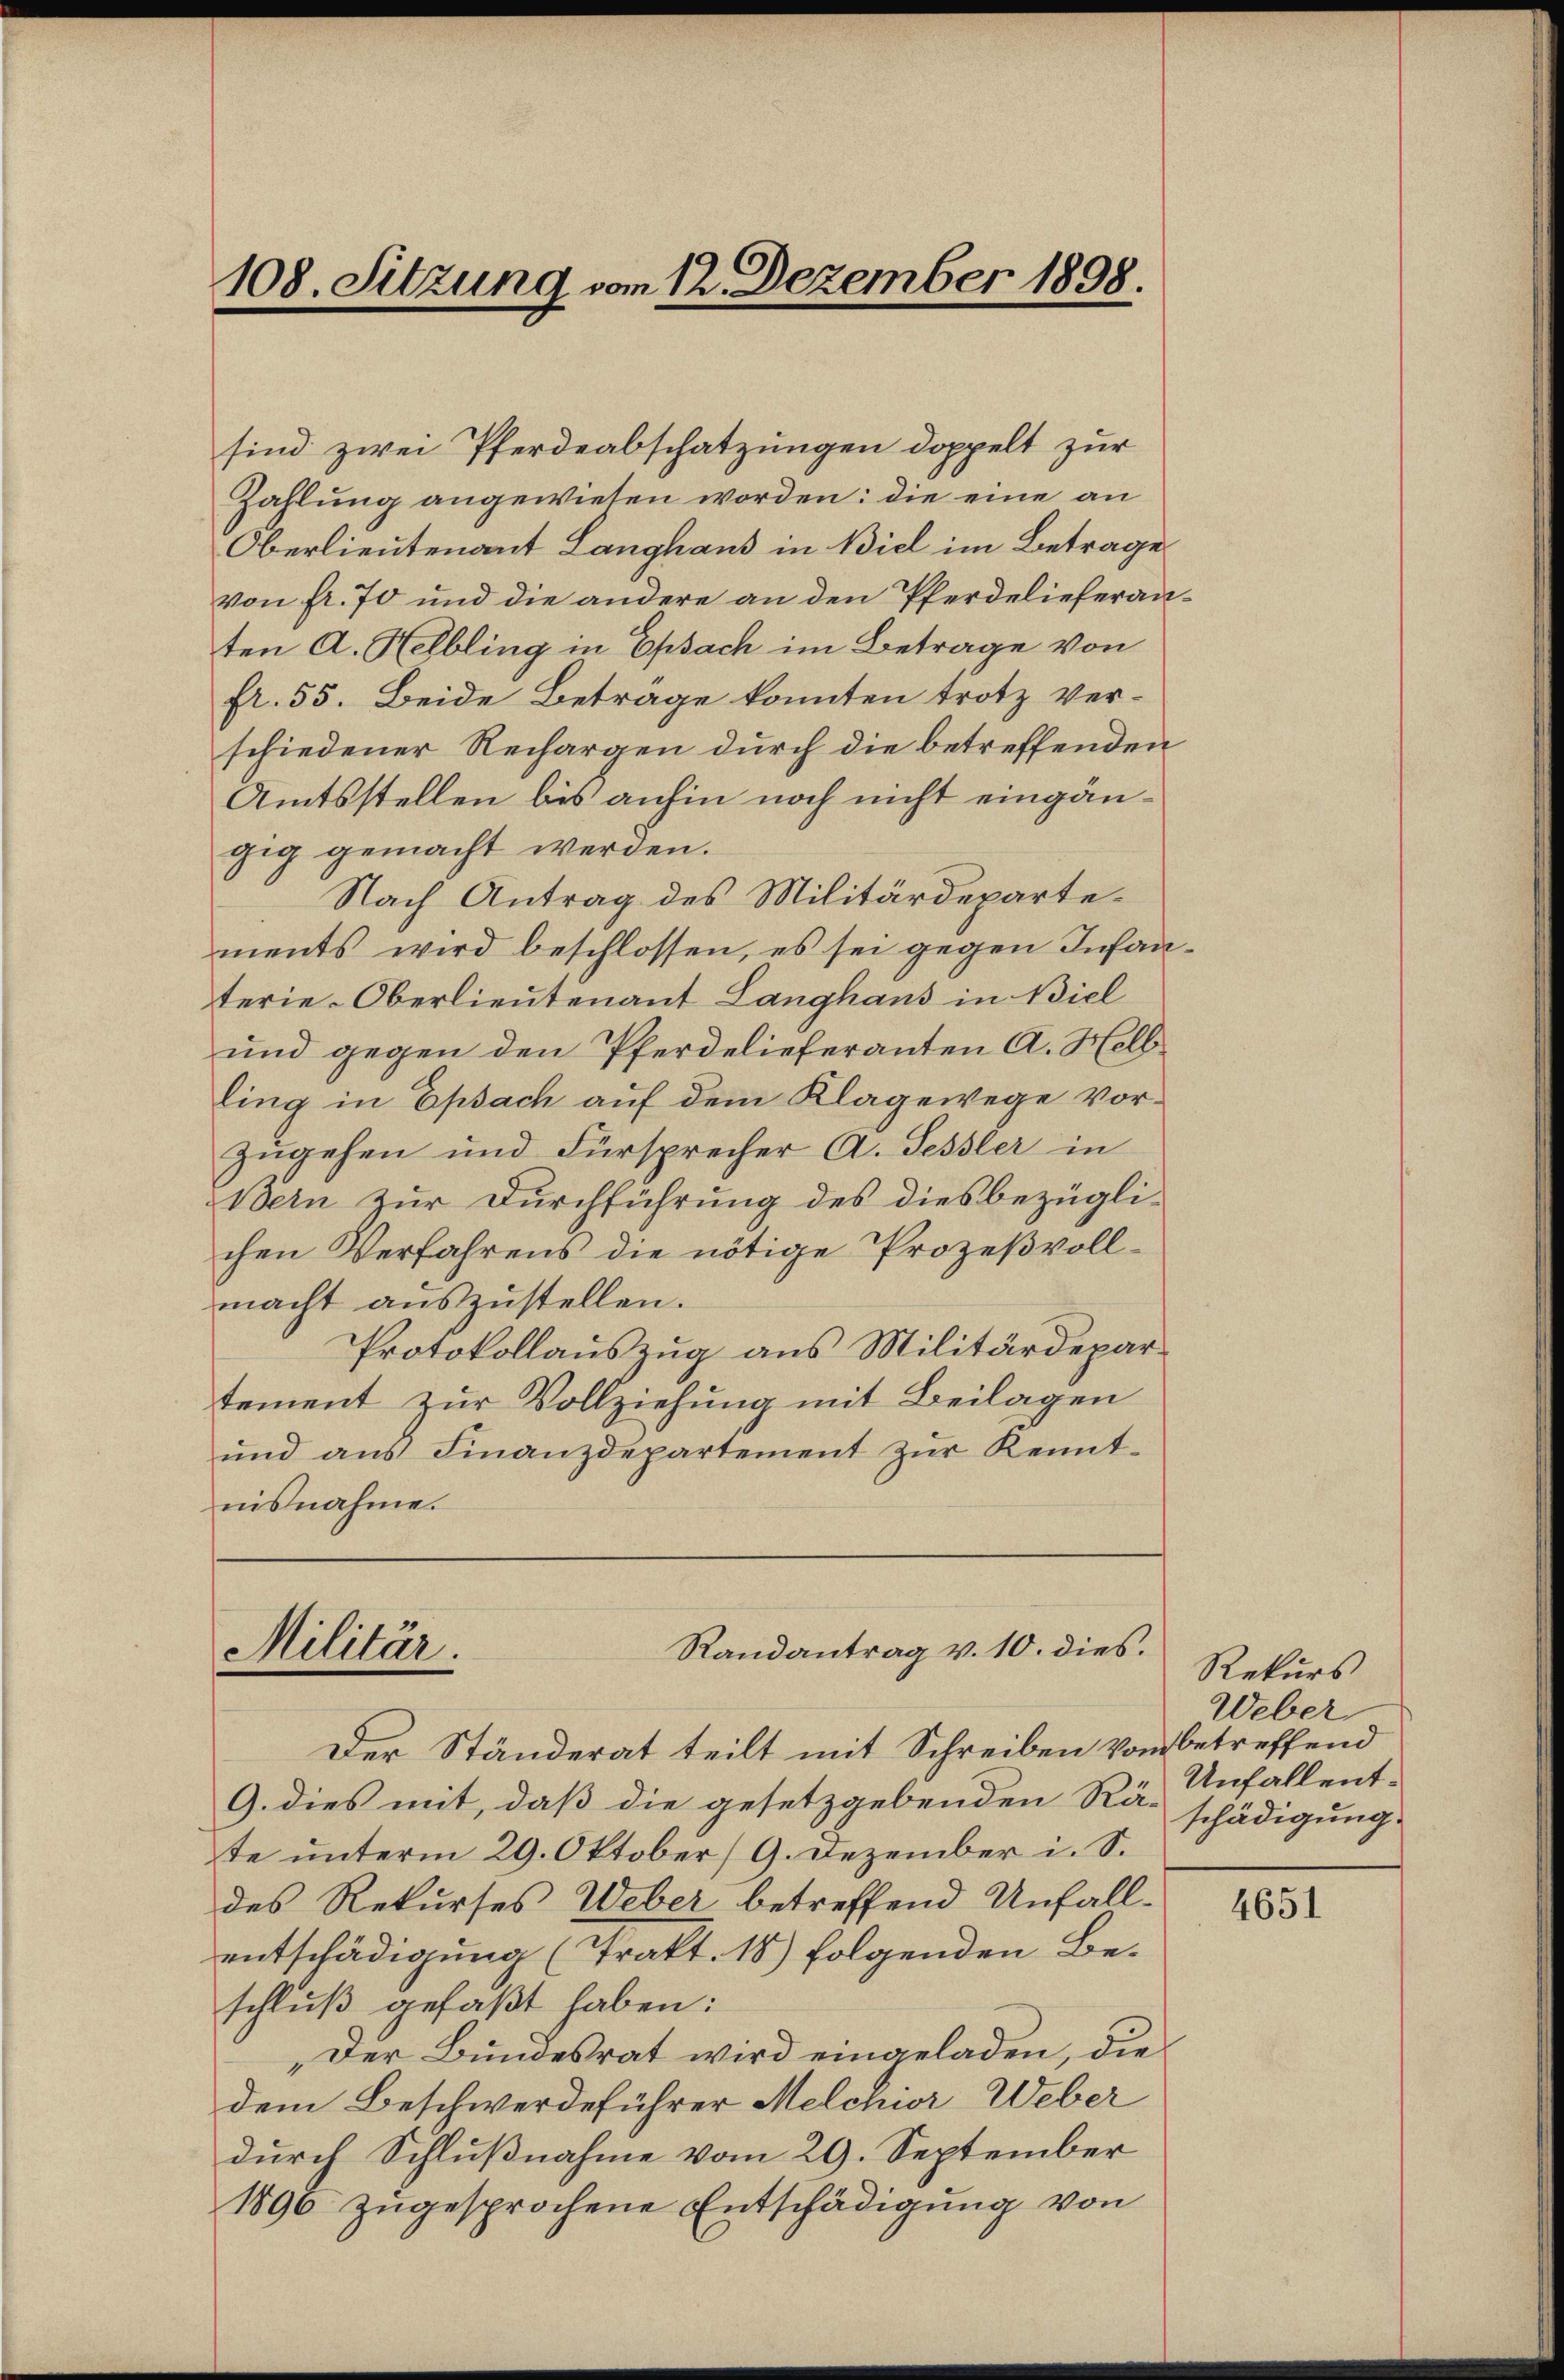
108. Sitzung vom 12. Dezember 1898.

sind zwei Pferdeabschatzungen doppelt zur
Zahlung angewiesen worden: die eine an
Oberlieutenant Langhaus in Biel im Betrage
von fr. 70 und die andere an den Pferdelieferanten A. Helbling in Epsach im Betrage von
fr. 55. Beide Betrage konnten trotz ver-
schiedener Rechargen durch die betreffenden
Amtsstellen bis anhin noch nicht eingängig gemacht werden.
Nach Antrag des Militärdepartements wird beschlossen, es sei gegen Infanterie-Oberlieutenant Langhaus in Biel
und gegen den Pferdelieferanten A. Hell
ling in Epsach auf dem Klagewege vorzugehen und Fürsprecher A. Sessler in
Bern zur Durchführung des diesbezüglichen Verfahrens die nötige Prozeßvollmacht auszustellen.
Protokollauszug aus Militärdepartement zur Vollziehung mit Beilagen
ŭnd aŭs Finanzdepartement zŭr Kennt-
nisnahme.

Randantrag v. 10. dies.
Militär.

Der Ständerat teilt mit Schreiben vom betreffend
9. dies mit, daß die gesetzgebenden Rä-schädigung
te unterm 29. Oktober (9. Dezember i. S.
des Rekurses Weber betreffend Unfallentschädigung (Trakt. 18) folgenden Beschluß gefaßt haben:
Der Bundesrat wird eingeladen, die
dem Beschwerdeführer Melchior Weber
durch Schlußnahme vom 29. September
1890 zugesprochene Entschädigung von

Rekurs
Weber
Unfallent.

4651